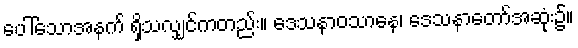
ပေါ်သောအနက် ရှိသလျှင်ကတည်း။ ဒေသနာဝသာနေ၊ ဒေသနာတော်အဆုံး၌။